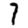
Digit: 7